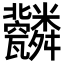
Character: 𦨆